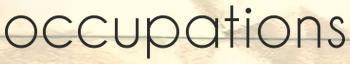
occupations